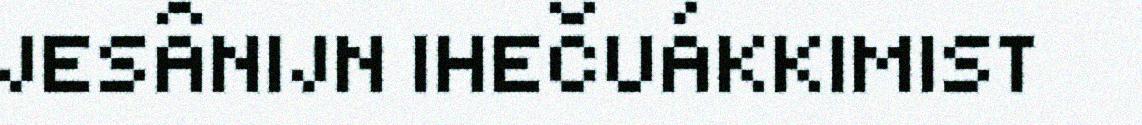
JESÂNIJN IHEČUÁKKIMIST